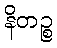
နိတဉ္စ